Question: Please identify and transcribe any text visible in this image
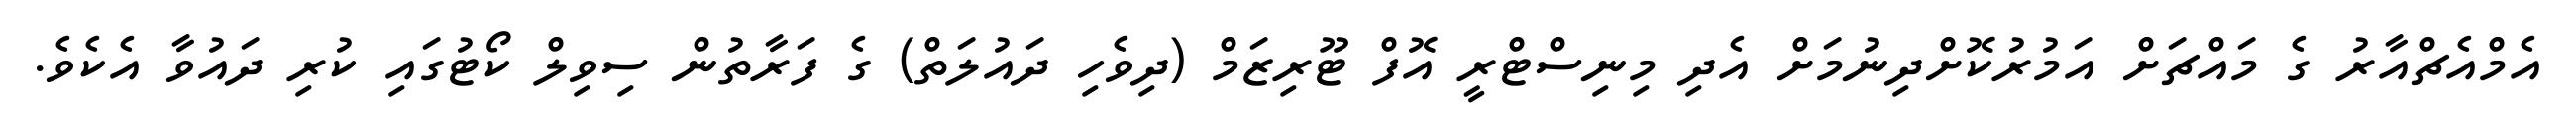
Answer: އެމްއެޗްއާރު ގެ މައްޗަށް އަމުރުކޮށްދިނުމަށް އެދި މިނިސްޓްރީ އޮފް ޓޫރިޒަމް (ދިވެހި ދައުލަތް) ގެ ފަރާތުން ސިވިލް ކޯޓުގައި ކުރި ދައުވާ އެކެވެ.